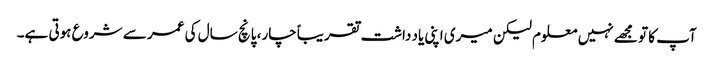
آپ کا تو مجھے نہیں معلوم لیکن میری اپنی یاد داشت تقریباً چار، پانچ سال کی عمر سے شروع ہوتی ہے۔